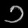
Digit: ၁